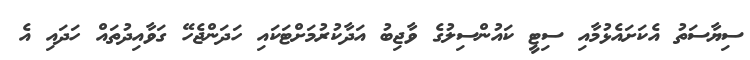
ސިޔާސަތު އެކަށައެޅުމާއި ސިޓީ ކައުންސިލުގެ ވާޖިބު އަދާކުރުމަށްޓަކައި ހަދަންޖެހޭ ގަވާއިދުތައް ހަދައި އެ